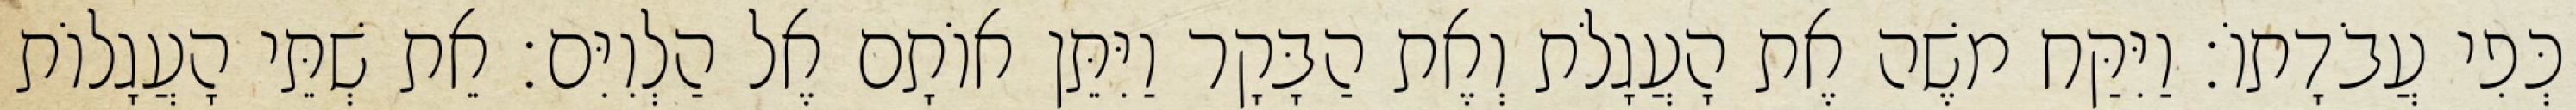
כְּפִי עֲבֹדָתוֹ׃ וַיִּקַּח משֶׁה אֶת הָעֲגָלֹת וְאֶת הַבָּקָר וַיִּתֵּן אוֹתָם אֶל הַלְוִיִּם׃ אֵת שְׁתֵּי הָעֲגָלוֹת